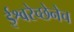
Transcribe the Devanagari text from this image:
ईश्वरेच्छेनेच